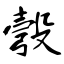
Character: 彀